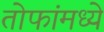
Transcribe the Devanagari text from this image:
तोफांमध्ये